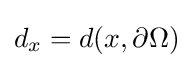
d_{x}=d(x,\partial \Omega )